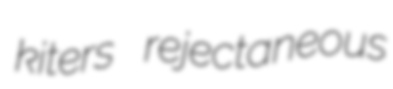
kiters rejectaneous